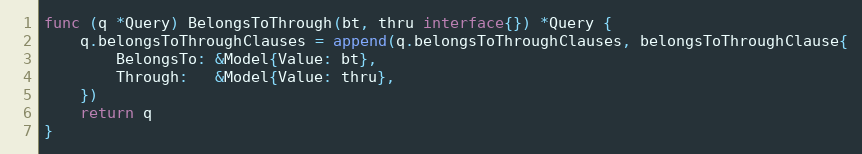
Language: Go
func (q *Query) BelongsToThrough(bt, thru interface{}) *Query {
	q.belongsToThroughClauses = append(q.belongsToThroughClauses, belongsToThroughClause{
		BelongsTo: &Model{Value: bt},
		Through:   &Model{Value: thru},
	})
	return q
}